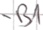
Text: -B1